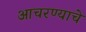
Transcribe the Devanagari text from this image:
आचरण्याचे